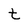
Character: t